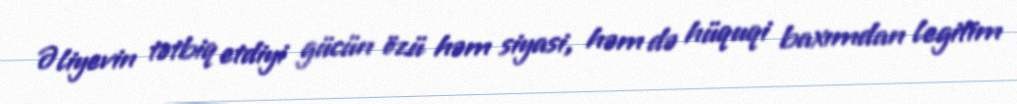
Əliyevin tətbiq etdiyi gücün özü həm siyasi, həm də hüquqi baxımdan legitim